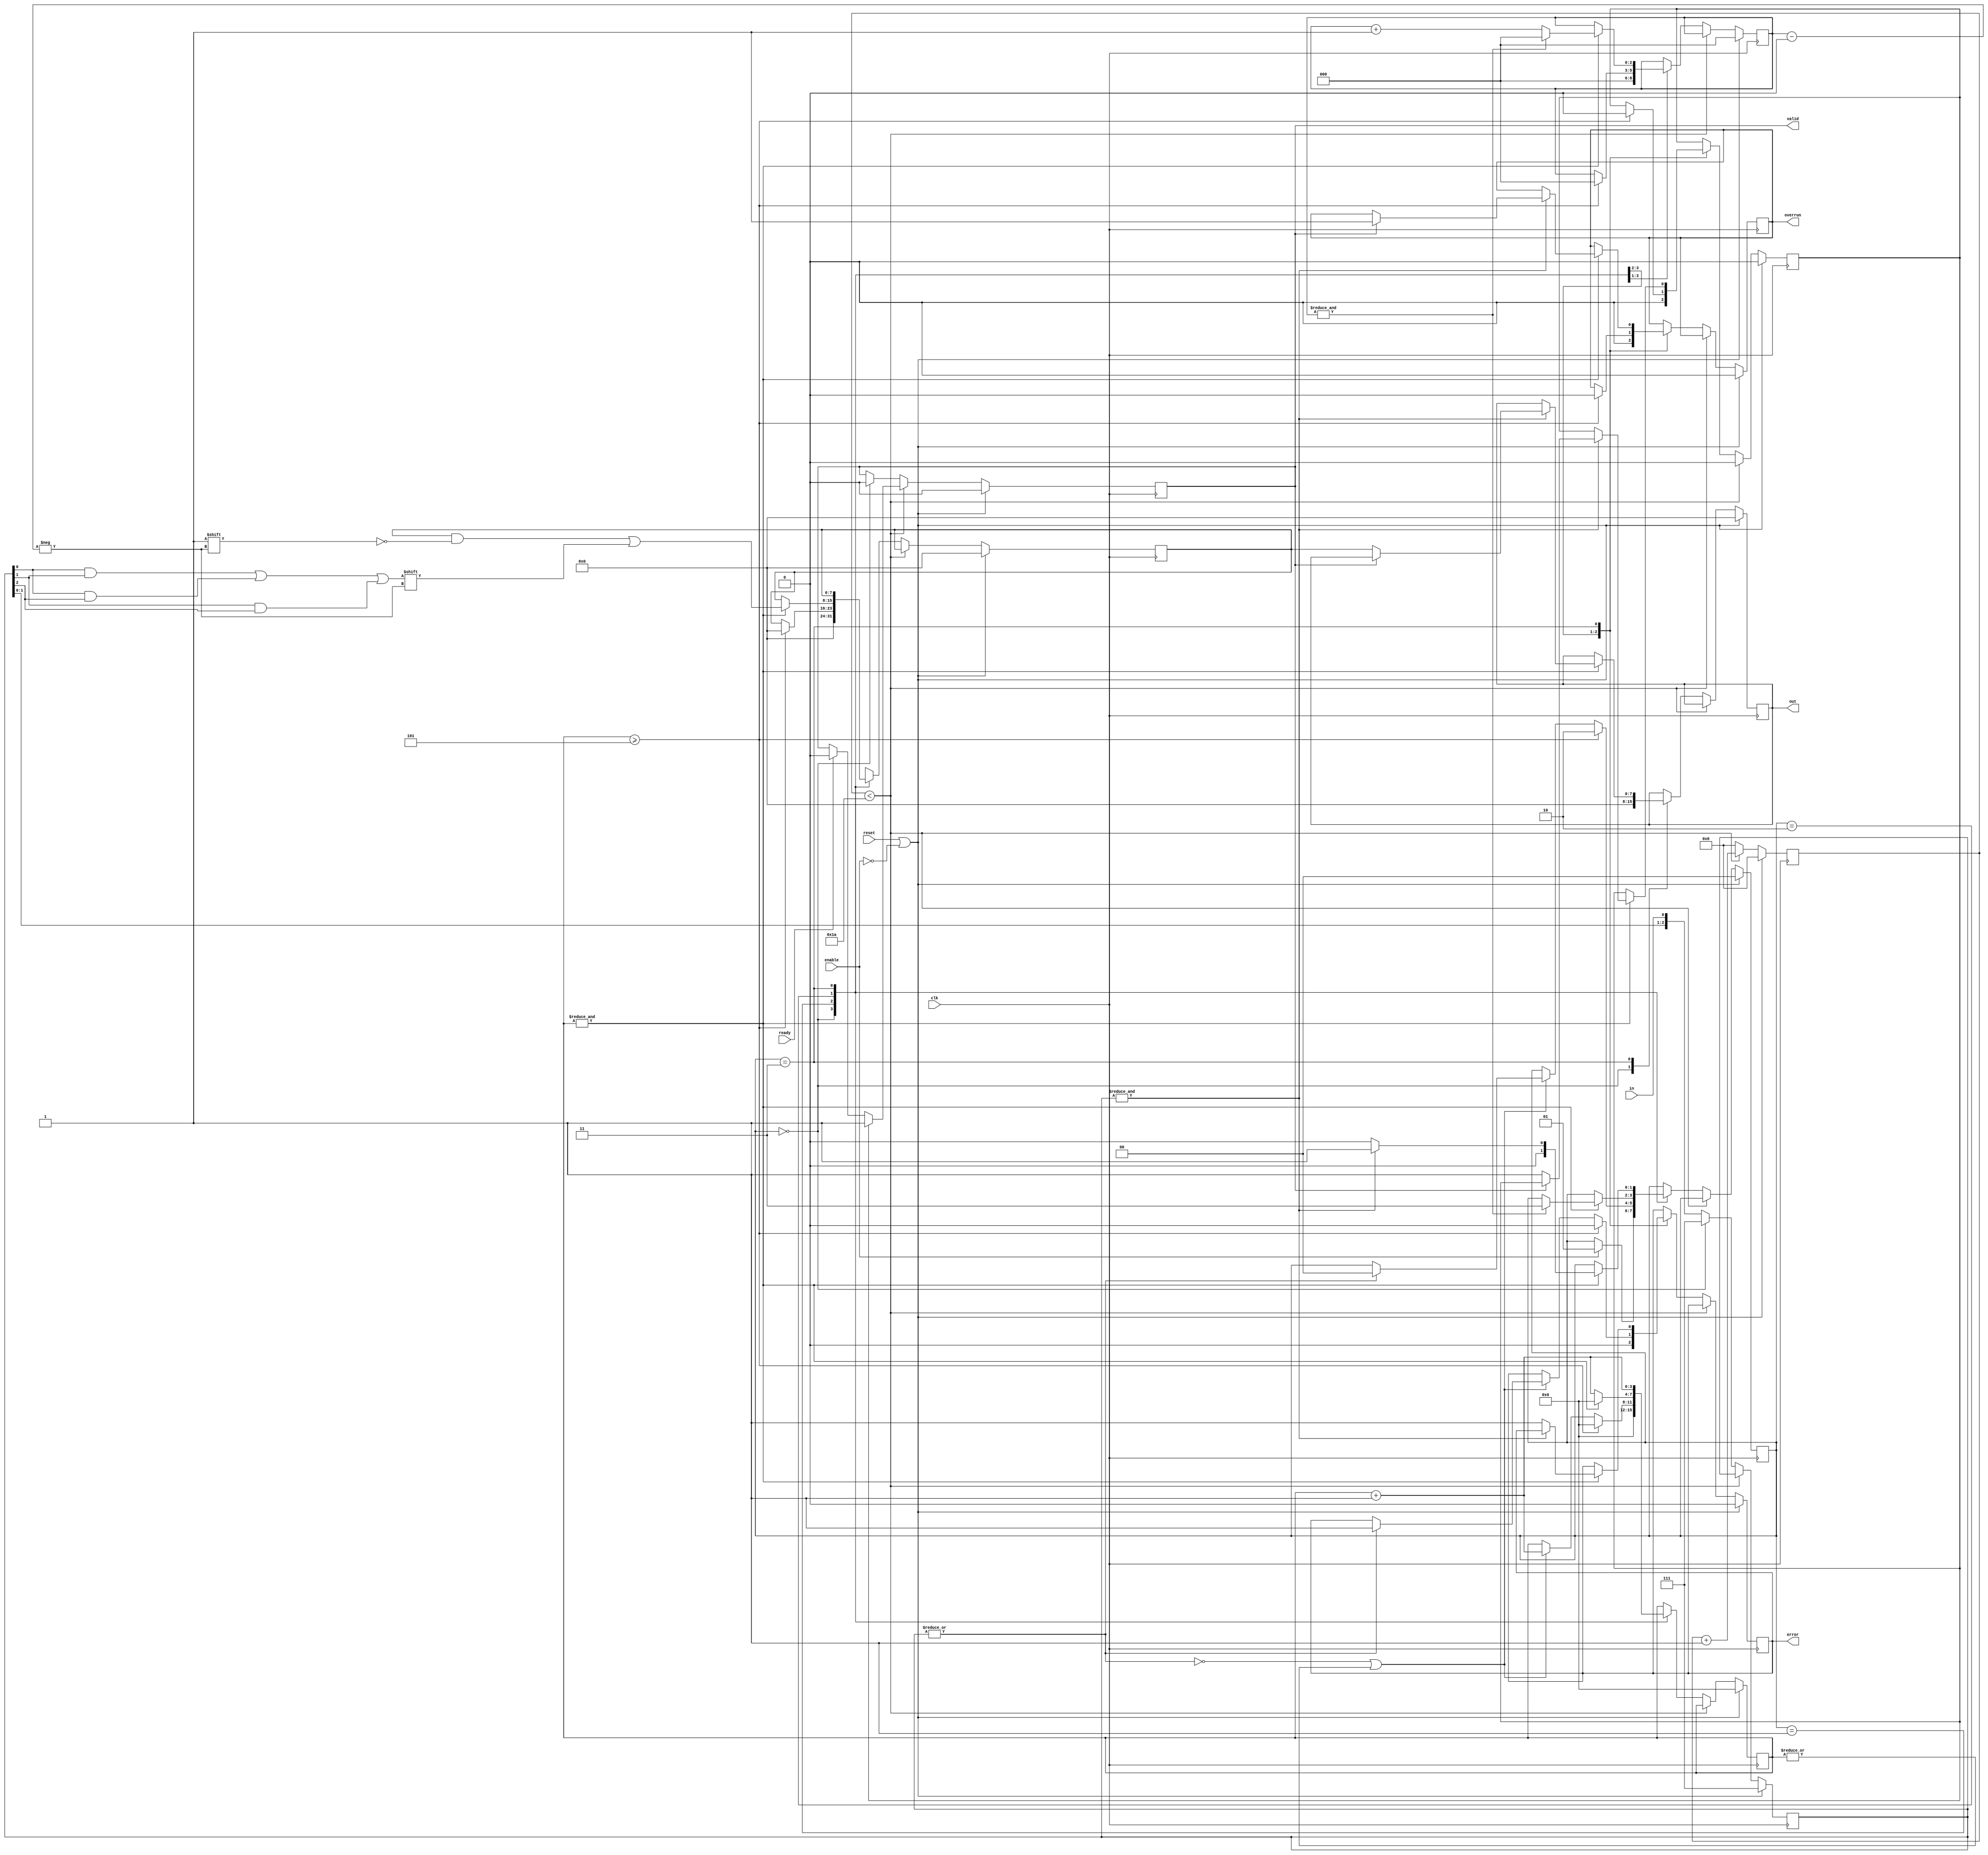
//
// Simple Verilog implementation of an UART receiver
//
//  - 8N1 only (8-bit data word, 1 start bit, 1 stop bit)
//  - "valid" goes high after successful RX and stays high for at least 1 clock cycle
//  - "valid" is cleared as soon as a high "ready" is detected
//  - internal baud rate generation
//  - 16x baud rate oversampling, majority voting over 3 samples for bit sensing
//  - buffered read: a new RX can start before the last byte has been read
//  - tested on an FPGA at 115200 baud driven by a 48 MHz clock
//
//
// MIT License
//
// Copyright (c) 2024 Ciro Cattuto <ciro.cattuto@gmail.com>
//
// Permission is hereby granted, free of charge, to any person obtaining a copy
// of this software and associated documentation files (the "Software"), to deal
// in the Software without restriction, including without limitation the rights
// to use, copy, modify, merge, publish, distribute, sublicense, and/or sell
// copies of the Software, and to permit persons to whom the Software is
// furnished to do so, subject to the following conditions:

// The above copyright notice and this permission notice shall be included in all
// copies or substantial portions of the Software.

// THE SOFTWARE IS PROVIDED "AS IS", WITHOUT WARRANTY OF ANY KIND, EXPRESS OR
// IMPLIED, INCLUDING BUT NOT LIMITED TO THE WARRANTIES OF MERCHANTABILITY,
// FITNESS FOR A PARTICULAR PURPOSE AND NONINFRINGEMENT. IN NO EVENT SHALL THE
// AUTHORS OR COPYRIGHT HOLDERS BE LIABLE FOR ANY CLAIM, DAMAGES OR OTHER
// LIABILITY, WHETHER IN AN ACTION OF CONTRACT, TORT OR OTHERWISE, ARISING FROM,
// OUT OF OR IN CONNECTION WITH THE SOFTWARE OR THE USE OR OTHER DEALINGS IN THE
// SOFTWARE.
//
// Originally based on Dmitry Pchelkin's verilog-uart (https://github.com/hell03end/verilog-uart)
//

module UARTReceiver #(
    parameter CLOCK_RATE = 50000000,
    parameter BAUD_RATE = 115200
)(
    input  wire       clk,      // clock
    input  wire       reset,    // reset
    input  wire       enable,   // enable
    input  wire       in,       // RX line
    input  wire       ready,    // OK to transmit
    output reg  [7:0] out,      // received data
    output reg        valid,    // RX completed
    output reg        error,    // frame error
    output reg        overrun   // overrun
);
    localparam RX_PERIOD_COUNT = $rtoi(CLOCK_RATE / (BAUD_RATE * 16) + 0.5); // 16x oversample
    localparam RX_COUNT_WIDTH = $clog2(RX_PERIOD_COUNT);
    reg [RX_COUNT_WIDTH-1:0] rxCounter;

    // state machine
    localparam RESET = 0, IDLE = 1, DATA_BITS = 2, STOP_BIT = 3;
    reg [1:0] state;

    reg [2:0] bitIndex;     // bit index
    reg [2:0] inputReg;     // shift reg for input signal
    reg [3:0] sampleCount;  // clock count for 16x oversample
    reg [7:0] data;         // input data buffer
    reg out_latched;        // out register is valid

    always @(posedge clk) begin
        if (reset || !enable) begin
            out <= 8'b0;
            error <= 0;
            overrun <= 0;
            valid <= 0;
            inputReg <= 3'b111;
            bitIndex <= 3'b0;
            sampleCount <= 4'b0;
            data <= 8'b0;
            out_latched <= 0;
            state <= RESET;
            rxCounter <= 0;
        end else if (rxCounter < (RX_PERIOD_COUNT - 1)) begin
            // RX baud generation
            rxCounter <= rxCounter + 1;
            if (out_latched) begin
                out_latched <= 0;
                valid <= 1;
            end else if (ready) begin
                valid <= 0;
            end
        end else begin
            rxCounter <= 0;

            inputReg <= { inputReg[1], inputReg[0], in };

            case (state)
                RESET: begin
                    out <= 8'b0;
                    error <= 0;
                    overrun <= 0;
                    valid <= 0;
                    inputReg <= 3'b111;
                    bitIndex <= 3'b0;
                    sampleCount <= 4'b0;
                    data <= 8'b0;
                    out_latched <= 0;
                    if (enable) begin
                        state <= IDLE;
                    end
                end

                IDLE: begin
                    if (sampleCount >= 4'h5) begin
                        state <= DATA_BITS;
                        bitIndex <= 3'b0;
                        sampleCount <= 4'b0;
                        data <= 8'b0;
                        out_latched <= 0;
                        error <= 0;
                        overrun <= 0;
                    end else if (!(|inputReg) || (|sampleCount)) begin
                        // Check bit to make sure it's still low
                        if (|inputReg) begin
                            error <= 1;
                            state <= RESET;
                        end
                        sampleCount <= sampleCount + 1;
                    end
                end

                // receive 8 bits of data
                DATA_BITS: begin
                    if (&sampleCount) begin
                        sampleCount <= 4'b0;
                        data[bitIndex] <= (inputReg[0] & inputReg[1]) | (inputReg[0] & inputReg[2]) | (inputReg[1] & inputReg[2]);
                        if (&bitIndex) begin
                            bitIndex <= 3'b0;
                            state <= STOP_BIT;
                        end else begin
                            bitIndex <= bitIndex + 1;
                        end
                    end else begin
                        sampleCount <= sampleCount + 1;
                    end
                end

                STOP_BIT: begin
                    if (&sampleCount) begin
                        if (&inputReg) begin
                            if (!valid) begin
                                out <= data;
                                out_latched <= 1;
                            end else begin
                                overrun <= 1;
                            end
                            state <= IDLE;
                        end else begin
                            error <= 1;
                            state <= RESET;
                        end
                    end
                    sampleCount <= sampleCount + 1;
                end

                default: begin
                    state <= RESET;
                end
            endcase
        end
    end

endmodule